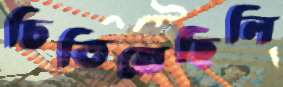
চিতিয়েছিলি